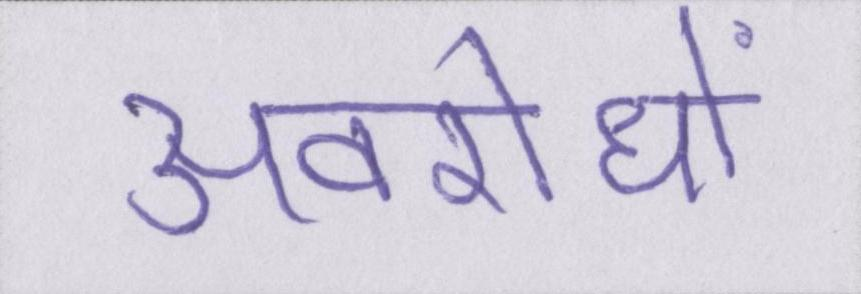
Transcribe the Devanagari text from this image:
अवरोधों